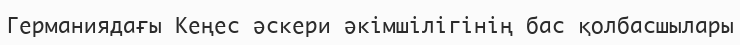
Германиядағы Кеңес әскери әкімшілігінің бас қолбасшылары